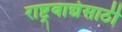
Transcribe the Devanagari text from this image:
राष्ट्रवाद्यंसाठी